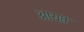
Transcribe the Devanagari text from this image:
आयतं